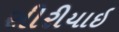
સીરીયાઇ